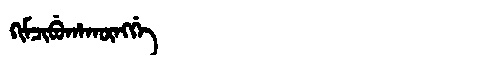
Manchu: ᡴᡳᠮᠴᡳᠪᡠᡥᠠᡴᡡᠩᡤᡝ
Romanization: KIMCIBUHAKŪNGGE